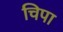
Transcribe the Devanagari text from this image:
चिपा